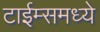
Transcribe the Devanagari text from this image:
टाईम्समध्ये